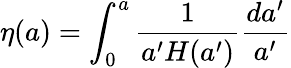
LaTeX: \eta(a)=\int_{0}^{a}{\frac{1}{a^{\prime}H(a^{\prime})}}{\frac{da^{\prime}}{a^{\prime}}}